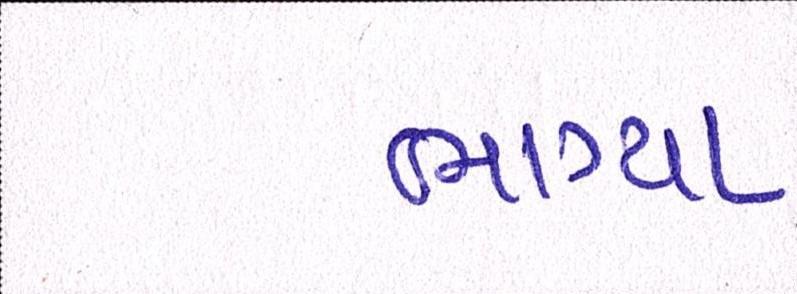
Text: ભાગ્યા